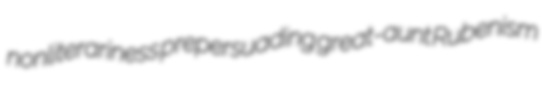
nonliterariness prepersuading great-aunt Rubenism